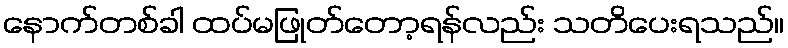
နောက်တစ်ခါ ထပ်မဖြုတ်တော့ရန်လည်း သတိပေးရသည်။